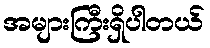
အများကြီးရှိပါတယ်